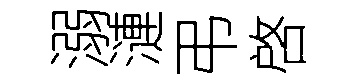
溺漣弔啓